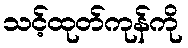
သင့်ထုတ်ကုန်ကို